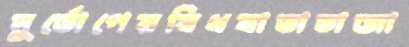
দুর্ভোগেরবিধবাভাতাজা